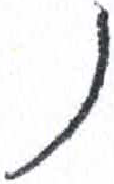
אות: נ